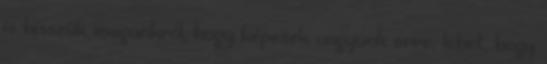
is hisszük magunkról, hogy képesek vagyunk erre, lehet, hogy